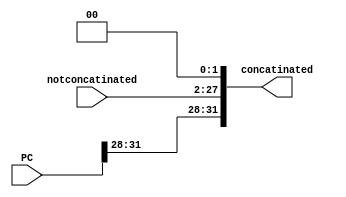
module concatinate(
  input [25:0] notconcatinated,
  input [31:0] PC,
  output [31:0] concatinated
);
  assign concatinated = {PC[31:28],notconcatinated,2'b0};
 endmodule

 module shift(
   input [31:0] notshifted,
   output [31:0] shifted
 );
   assign shifted = notshifted<<2;
  endmodule